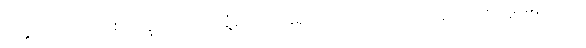
ဝါ၊ ခွင်သည်လည်း။ ပက္ခပါဒေါ ဝါ၊ ဆွံ့သော ခြေရှိသည်လည်းကောင်း။ ဟောတိ၊ ဖြစ်၏။ သော၊